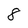
Character: 8